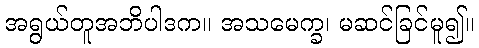
အရွယ်တူအဘိပါဒက။ အသမေက္ခ၊ မဆင်ခြင်မူ၍။